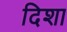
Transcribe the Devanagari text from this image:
दिशा